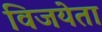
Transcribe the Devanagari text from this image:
विजयेता